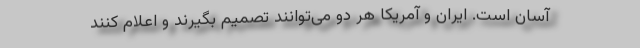
آسان است. ایران و آمریکا هر دو می‌توانند تصمیم بگیرند و اعلام کنند